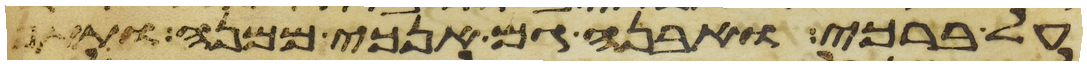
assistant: על ברכי ואבנה גם אנכי ממנה ותתן